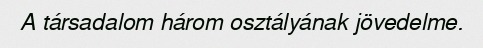
A társadalom három osztályának jövedelme.